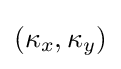
(\kappa _{x},\kappa _{y})